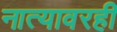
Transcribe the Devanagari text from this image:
नात्यावरही